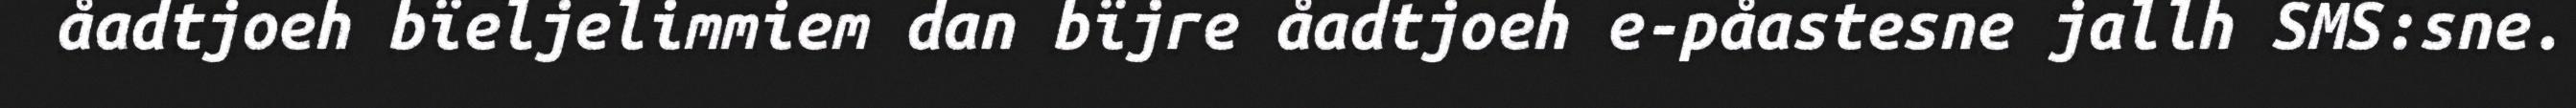
åadtjoeh bïeljelimmiem dan bïjre åadtjoeh e-påastesne jallh SMS:sne.